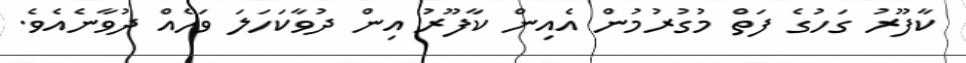
ކާފޫރު ގަހުގެ ފަތް މުގުރުމުން އެއިން ކާފޫރު އިން ދުވާކަހަލަ ވަހެއް ދުވާނެއެވެ.